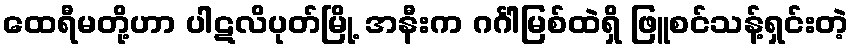
ထေရီမတို့ဟာ ပါဋလိပုတ်မြို့ အနီးက ဂင်္ဂါမြစ်ထဲရှိ ဖြူစင်သန့်ရှင်းတဲ့